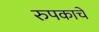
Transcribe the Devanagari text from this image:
रुपकाचे